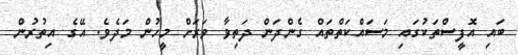
ބައި އޮފީސްތަކުގައި މަސައްކަތްތައް ގެންދަން ދަތިވާ ވަރަށް މީހުން މަދެވެ. އޭގެ އިތުރުން